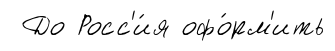
До Росс'и́я офо́рм'ить